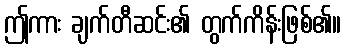
ဤကား ချက်တီဆင်း၏ တွက်ကိန်းဖြစ်၏။